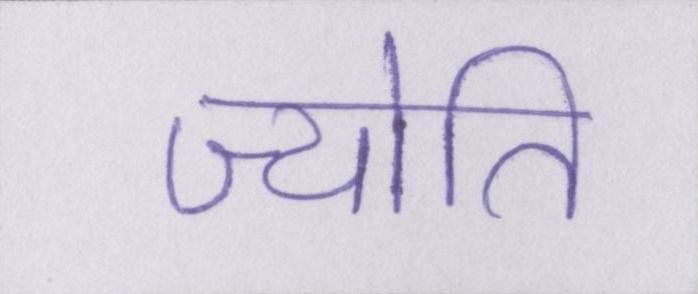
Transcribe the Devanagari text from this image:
ज्योति